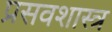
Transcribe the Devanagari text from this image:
प्रसवशास्त्र